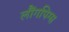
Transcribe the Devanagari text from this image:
लौंगपिग्स